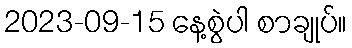
2023-09-15 နေ့စွဲပါ စာချုပ်။